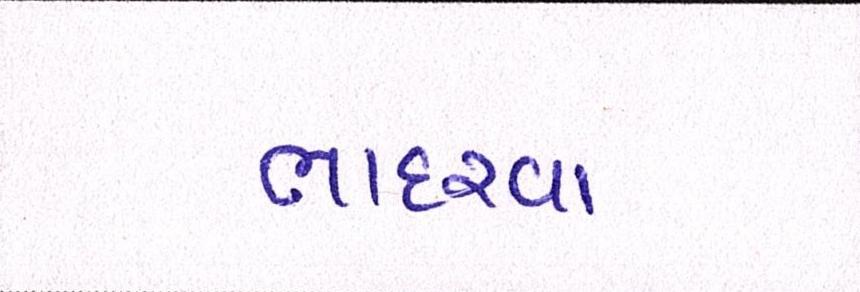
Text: ભાદરવા